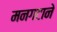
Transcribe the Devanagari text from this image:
मनगटाने